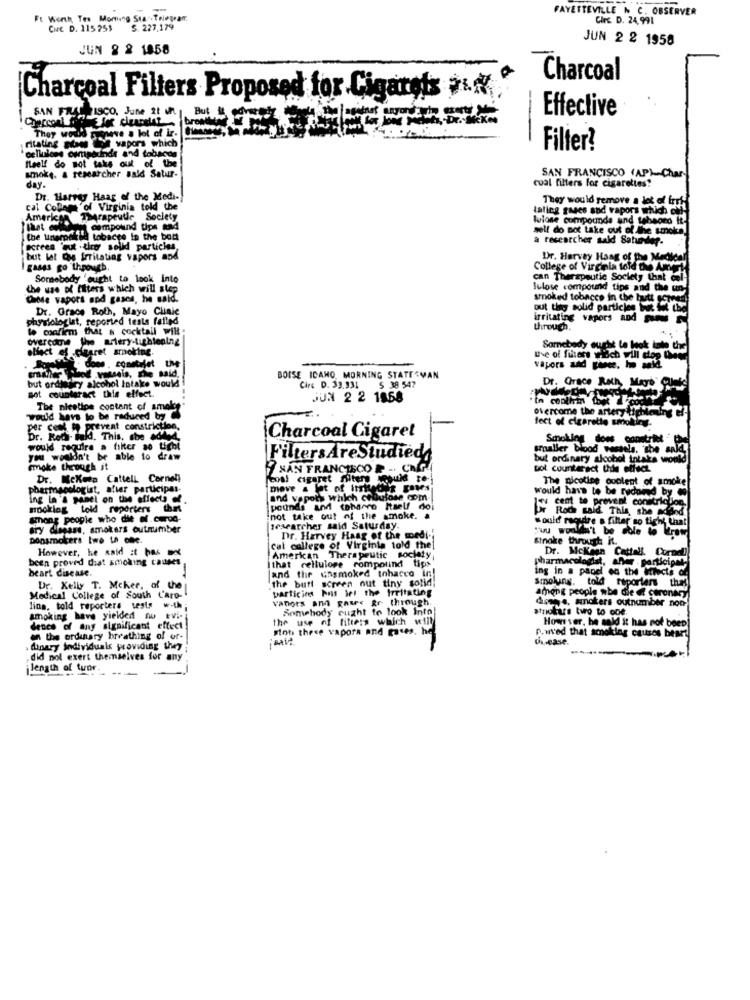
-
FAYETTEVILLE N C. OBSERVER
Ft Worth, Tes Morning Star. Telegram
Circ D. 24,991
CHE D. 115 259
S. 227,179
JUN 2 2 1958
JUN 8 2 1858
Charcoal
Charcoal Filters Proposed for Cigarets .
SAN FAUT FISCO, June It un.
Effective
paneve a lot of ir.
--
ritating noad Lof vapors which
Filter?
cellulose compounds and tobacon
feel! do not take out of the
smoke. a researcher said Satur-
SAN FRANCISCO (AP)-Char-
day.
cual filters for cigarettes?
Dr. Harrey Haag of the Medi-
They would remove a lot of irri-
cal Colam'of Virginia told the
Lating gases and vapors which out-
American Therapeutle Society
tulose compounds and tehaord it.
compound tips and
self do not take out of h
the unarpolied tobacco in the bod
a researcher sald Sahandler.
ecrees 'qut . tiro solid particles,
but lat Che Irritating vapors and
Dr. Harvey Haag of the Medical
gases go through
College of Virginia told the Am
Somebody ought to look into
can Therapeutic Society that col
The use of filters which will step
Tulose compound tips and the un-
Chiede vapors and gases, he said.
smoked tobacco in the butt com
Dr. Grace Roth, Mayo Clinic
put ting solid particles ite e dei
physiologist, reported tests failed
irritating vapors and
to confirm that i cocktail will
through.
overcome the artery-tightening
oliect ef cigaret smoking.
Somebody ought te hok inte the
use of Tihers ich will stop them
vapors and three. ho anid.
but ordinary alcohol Intake would
wo vouseis, The said.
BOISE IDANO, MORNING STATESMAN
got counteract this effect.
Circ D. 33.331
$ 38 547
Dr. Grace Rath, Mogo Che
JUN 2 2 1858
The nieelipe content of smolt
would have to be reduced by
overcome the artery tight
fect of cigarette smalling
per cent to prevent constriction,
Dr. Rodi Bald. This, she added
Charcoal Cigaret
Smoking does constriet
would require a filter so tight
smaller blood vessels. she said,
you wouldn't be able to draw
FiltersAreStudied
but ordinary alcohol intake would
make through it
SAN FRANCISCO - CNG
pol counteract this effect
Dr. Mckeea Cattell Cornel
fenal cigaret miters esule to
The nicotine content of smoke
pharmacologist, after participas-
would have to be redored by 00
ing la & panel
and vepots which celulose com-
Booking told reporters that
pounds and toharro Haelf do
or Roch said This, she Ma
cent to prevent constriclon.
among people who dit af. corod-
not take out of the smoke. .
would rsosdire a filter so tight Laal
ary diesasi, smokers outnumber
researcher said Saturday.
Donsmokers two LA che.
Dr. Harvey Haag of the moedi.
Stroke through it.
"wu wouldn't be able to Kraw
However, he said it has no
cal college of Virginia told the
been proved that smoking causes,
American Therapeutic society
that cellulose rompolind tips
MckMen Cattell Cornell
heart disease.
-
and the unsmoked tobacco in!
ing in a panel on the ittacts of
pharmacologist, aller . participat
the butt screen out tiny solid;
Smolung, told reporters that]
Ur. Kelly T. Mcker, of the
particim but Iet the Irritating
among people abe die « coronary
Medical College of South L'aro-
vanors and gaw: gr through.
doans. smokers outnumber non-
lina, told reporters veste w.th
Sonwhody ought to look Into
strokars two to coe.
smoking have yielded nu ovi-
the use of fitness which will
However, he said it has not been
dencs of any algnificant effect
sion these vapora and gases. he
on the ordinary breathing of or-
p.uved that smoking causes beart
chi-case.
chinary individuals providing they
did not exert themselves for any
length of tuor.